Document type: Sale
Year: 1354
Scribe: Bernat de Torre
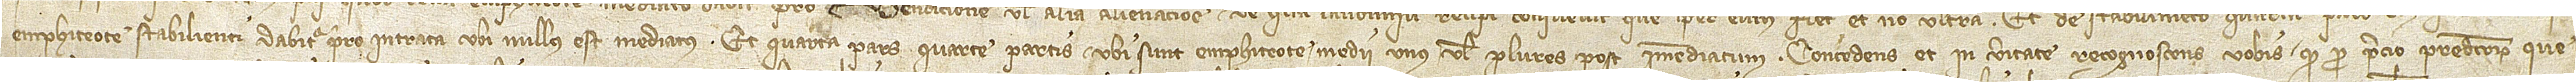
/ emphiteote stabilienti dabitur pro intrata uni nullus est mediatus; et quarta pars quarte partis ubi sunt emphiteote medii unus vel plures post immediatum. Concedens et in veritate recognoscens vobis quod pro precio predictorum que